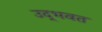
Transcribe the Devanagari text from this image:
उद्‌भवत